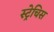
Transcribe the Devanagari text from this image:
स्ट्रेचिस